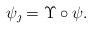
LaTeX: \begin{align*}\psi_\jmath = \Upsilon \circ \psi.\end{align*}